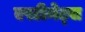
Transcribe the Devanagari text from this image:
एस्टीमेट्स